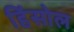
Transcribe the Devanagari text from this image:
हिंसोल